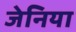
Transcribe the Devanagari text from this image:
जेनिया